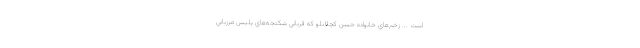
است ... زخم‌هاي خانواده حسن كچلانلو كه قرباني شكنجه‌هاي پليس مرزباني